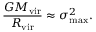
{ \frac { G M _ { \mathrm { v i r } } } { R _ { \mathrm { v i r } } } } \approx \sigma _ { \operatorname* { m a x } } ^ { 2 } .